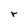
Character: r